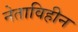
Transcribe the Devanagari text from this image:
नेताविहीन